Report on vaccination in the Province of Bengal - 1874-1889
Year: 1874
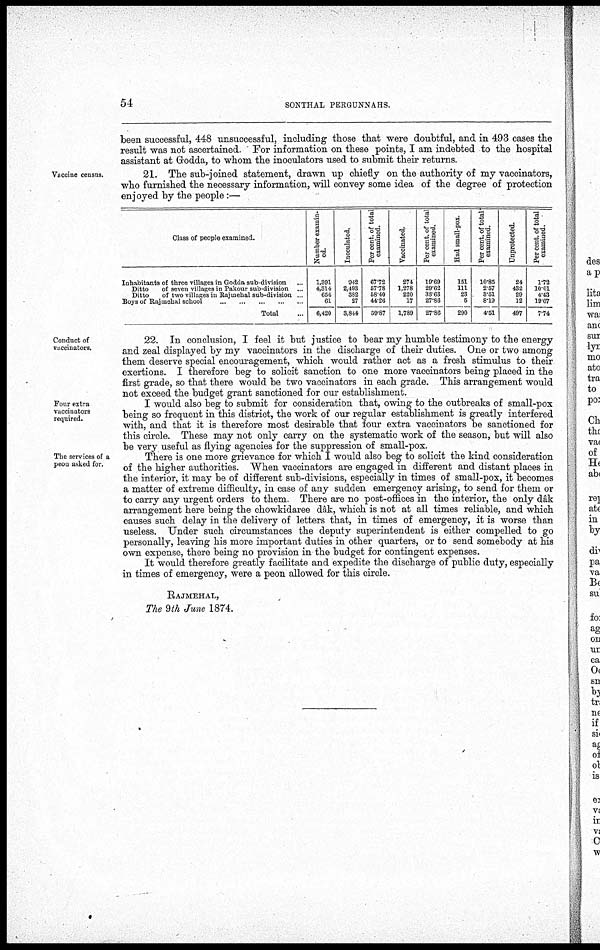
54
SONTHAL PERGUNNAHS.
been successful, 448 unsuccessful, including those that were doubtful, and in 493 cases the
result was not ascertained. For information on these points, I am indebted to the hospital
assistant at Godda. to whom the inoculators used to submit their returns.
Vaccine census.
21. The sub-joined statement, drawn up chiefly on the authority of my vaccinators,
who furnished the necessary information, will convey some idea of the degree of protection
enjoyed by the people:—
Class of people examined.
Inhabitants of three villages in Godda sub-division ...
Ditto
of seven villages in Pakour sub-division ...
Ditto
of two villages in Eajmehal sub-division ...
Boys of Rajmehal school
...
...
...
...
...
Total ...
Number examin-
ed.
1,391
4,314
654
61
6,420
Inoculated.
942
2,493
382
27
3,844
Per cent. of total
examined.
67.72
57.78
58.40
44.26
59.87
Vaccinated.
274
1,278
220
17
1,789
Per cent. of total
examined.
19.69
29.62
33.63
27.86
27.86
Had small-pox.
151
111
23
5
290
Per cent. of total
examined.
10.85
2.57
8.51
8.19
4.51
Unprotected.
24
432
29
12
497
Per cent. of total
examined.
1.72
10.01
4.43
19.67
7.74
Conduct of
vaccinators.
22. In conclusion, I feel it but justice to bear my humble testimony to the energy
and zeal displayed by my vaccinators in the discharge of their duties. One or two among
them deserve special encouragement, which would rather act as a fresh stimulus to their
exertions. I therefore beg to solicit sanction to one more vaccinators being placed in the
first grade, so that there would be two vaccinators in each grade. This arrangement would
not exceed the budget grant sanctioned for our establishment.
Four extra
vaccinators
required.
I would also beg to submit for consideration that, owing to the outbreaks of small-pox
being so frequent in this district, the work of our regular establishment is greatly interfered
with, and that it is therefore most desirable that four extra vaccinators be sanctioned for
this circle. These may not only carry on the systematic work of the season, but will also
be very useful as flying agencies for the suppression of small-pox.
The services of a
peon asked for.
There is one more grievance for which I would also beg to solicit the kind consideration
of the higher authorities. When vaccinators are engaged in different and distant places in
the interior, it may be of different sub-divisions, especially in times of small-pox, it becomes
a matter of extreme difficulty, in case of any sudden emergency arising, to send for them or
to carry any urgent orders to them. There are no post-offices in the interior, the only dâk
arrangement here being the chowkidaree dâk, which is not at all times reliable, and which
causes such delay in the delivery of letters that, in times of emergency, it is worse than
useless. Under such circumstances the deputy superintendent is either compelled to go
personally, leaving his more important duties in other quarters, or to send somebody at his
own expense, there being no provision in the budget for contingent expenses.
It would therefore greatly facilitate and expedite the discharge of public duty, especially
in times of emergency, were a peon allowed for this circle.
RAJMEHAL,
The 9th June 1874.